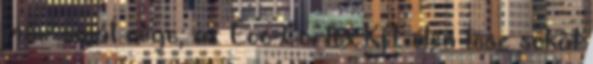
már saját cége, az Eco-Cortex Kft. élén tesz sokat